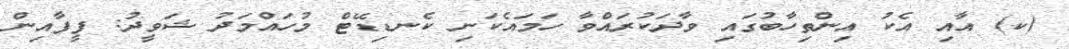
(ކ) އާއި އެކު އިންތިހާބުގައި ވާދަކުރައްވާ ހަމައެކަނި ކެނޑިޑޭޓް މުހައްމަދު ޝަވީދު: ފީފާއިން